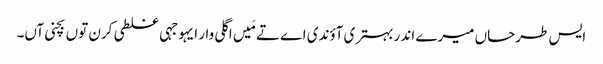
‏ ایس طرحاں میرے اندر بہتری آؤندی اے تے مَیں اگلی وار ایہو جہی غلطی کرن توں بچنی آں۔